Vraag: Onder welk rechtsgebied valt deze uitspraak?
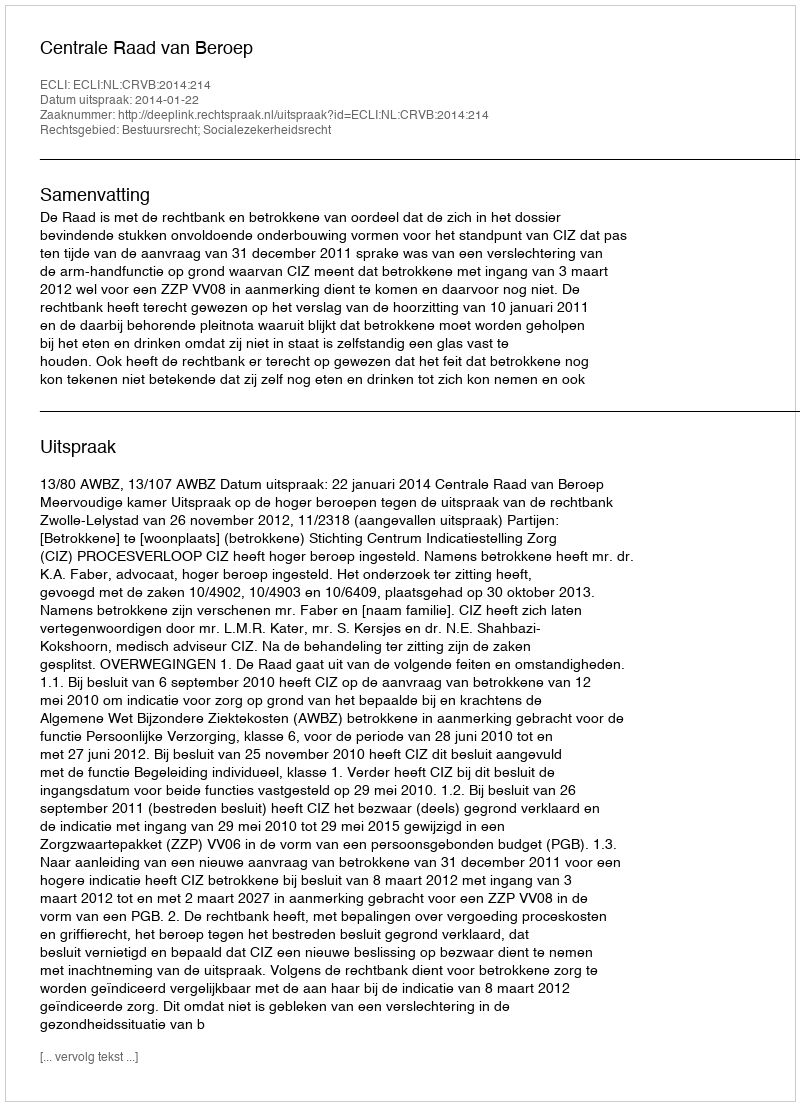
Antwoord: Bestuursrecht; Socialezekerheidsrecht